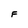
Character: F